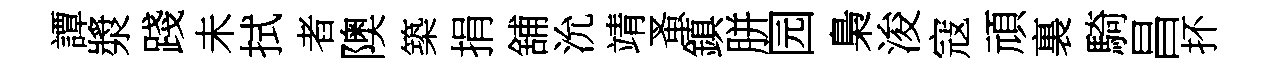
譚漿踐未拭者隩築捐舖沇靖蚤鎮胼园梟浚寇頑裏騎昌抔